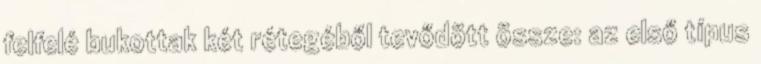
felfelé bukottak két rétegéből tevődött össze: az első típus